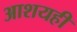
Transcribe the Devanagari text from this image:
आशयही